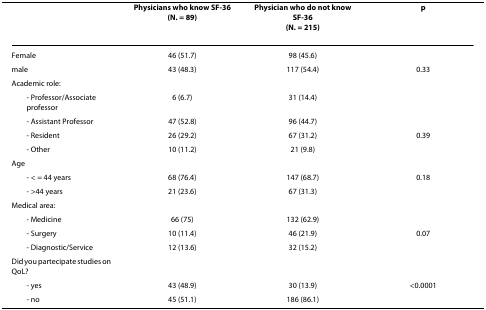
<table><thead><tr><td></td><td><b>Physicians who know SF-36(N. = 89)</b></td><td><b>Physician who do not know SF-36(N. = 215)</b></td><td><b>p</b></td></tr></thead><tbody><tr><td>Female</td><td>46 (51.7)</td><td>98 (45.6)</td><td></td></tr><tr><td>male</td><td>43 (48.3)</td><td>117 (54.4)</td><td>0.33</td></tr><tr><td>Academic role:</td><td></td><td></td><td></td></tr><tr><td> - Professor/Associate professor</td><td>6 (6.7)</td><td>31 (14.4)</td><td></td></tr><tr><td> - Assistant Professor</td><td>47 (52.8)</td><td>96 (44.7)</td><td></td></tr><tr><td> - Resident</td><td>26 (29.2)</td><td>67 (31.2)</td><td>0.39</td></tr><tr><td> - Other</td><td>10 (11.2)</td><td>21 (9.8)</td><td></td></tr><tr><td>Age</td><td></td><td></td><td></td></tr><tr><td> - &lt; = 44 years</td><td>68 (76.4)</td><td>147 (68.7)</td><td>0.18</td></tr><tr><td> - &gt;44 years</td><td>21 (23.6)</td><td>67 (31.3)</td><td></td></tr><tr><td>Medical area:</td><td></td><td></td><td></td></tr><tr><td> - Medicine</td><td>66 (75)</td><td>132 (62.9)</td><td></td></tr><tr><td> - Surgery</td><td>10 (11.4)</td><td>46 (21.9)</td><td>0.07</td></tr><tr><td> - Diagnostic/Service</td><td>12 (13.6)</td><td>32 (15.2)</td><td></td></tr><tr><td>Did you partecipate studies on QoL?</td><td></td><td></td><td></td></tr><tr><td> - yes</td><td>43 (48.9)</td><td>30 (13.9)</td><td>&lt;0.0001</td></tr><tr><td> - no</td><td>45 (51.1)</td><td>186 (86.1)</td><td></td></tr></tbody></table>